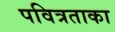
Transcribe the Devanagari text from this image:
पवित्रताका